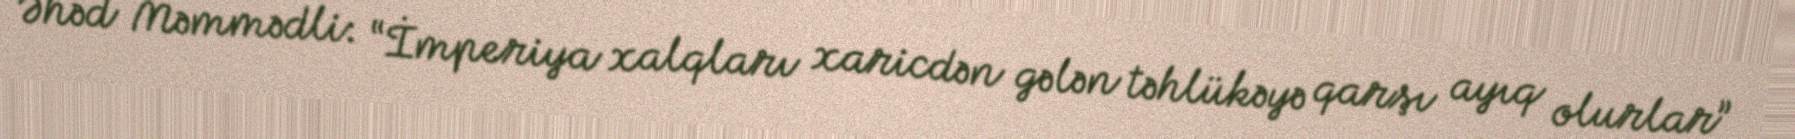
Əhəd Məmmədli: “İmperiya xalqları xaricdən gələn təhlükəyə qarşı ayıq olurlar”